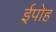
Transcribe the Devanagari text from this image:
ईपोह